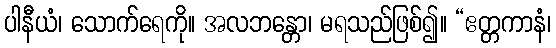
ပါနီယံ၊ သောက်ရေကို။ အလဘန္တော၊ မရသည်ဖြစ်၍။ “ဧတ္တကာနံ၊